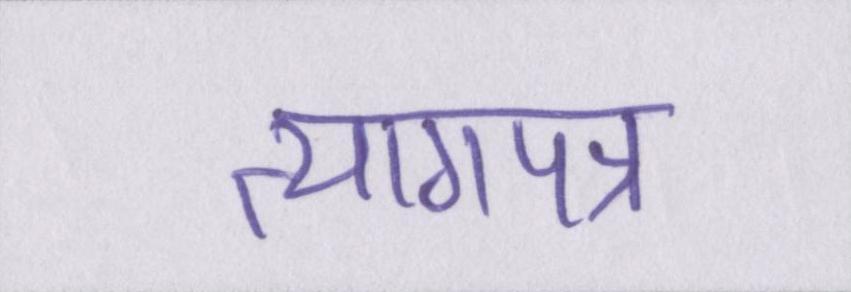
त्यागपत्र